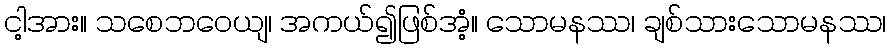
ငါ့အား။ သစေဘဝေယျ၊ အကယ်၍ဖြစ်အံ့။ သောမနဿ၊ ချစ်သားသောမနဿ၊